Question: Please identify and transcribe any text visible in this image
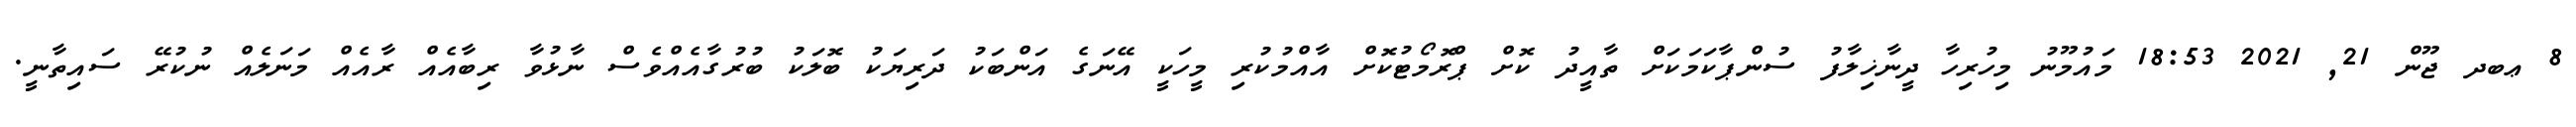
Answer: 8 ޢބދ ޖޫން 21, 2021 18:53 މައުމޫނު މިހުރިހާ ދީނާޚިލާފު ސުންޕާކަމަކަށް ތާއީދު ކޮށް ޕްރޮމޯޓުކޮށް އާއްމުކުރި މީހަކީ އޭނަގެ އަންބަކު ދަރިޔަކު ބޮލަކު ބުރުގާއެއްވެސް ނާޅުވާ ރިބާއެއް ރާއެއް މަނަލެއް ނުކުރޭ ސައިތާނީ.